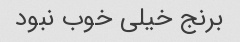
برنج خیلی خوب نبود